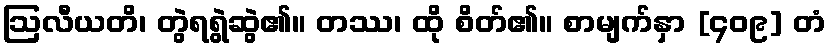
ဩလီယတိ၊ တွဲရရွဲဆွဲ၏။ တဿ၊ ထို စိတ်၏။ စာမျက်နှာ [၄၀၉] တံ